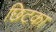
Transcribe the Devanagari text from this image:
छिटका